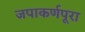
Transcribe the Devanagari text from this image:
जपाकर्णपूरा